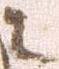
々